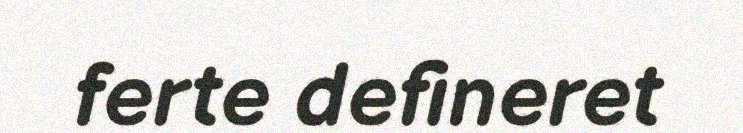
ferte defineret